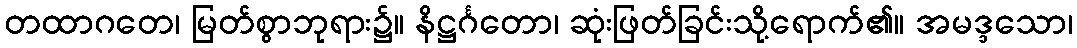
တထာဂတေ၊ မြတ်စွာဘုရား၌။ နိဋ္ဌင်္ဂတော၊ ဆုံးဖြတ်ခြင်းသို့ရောက်၏။ အမဒ္ဒသော၊